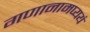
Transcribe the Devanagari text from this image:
गणानामप्ययं